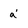
Character: a